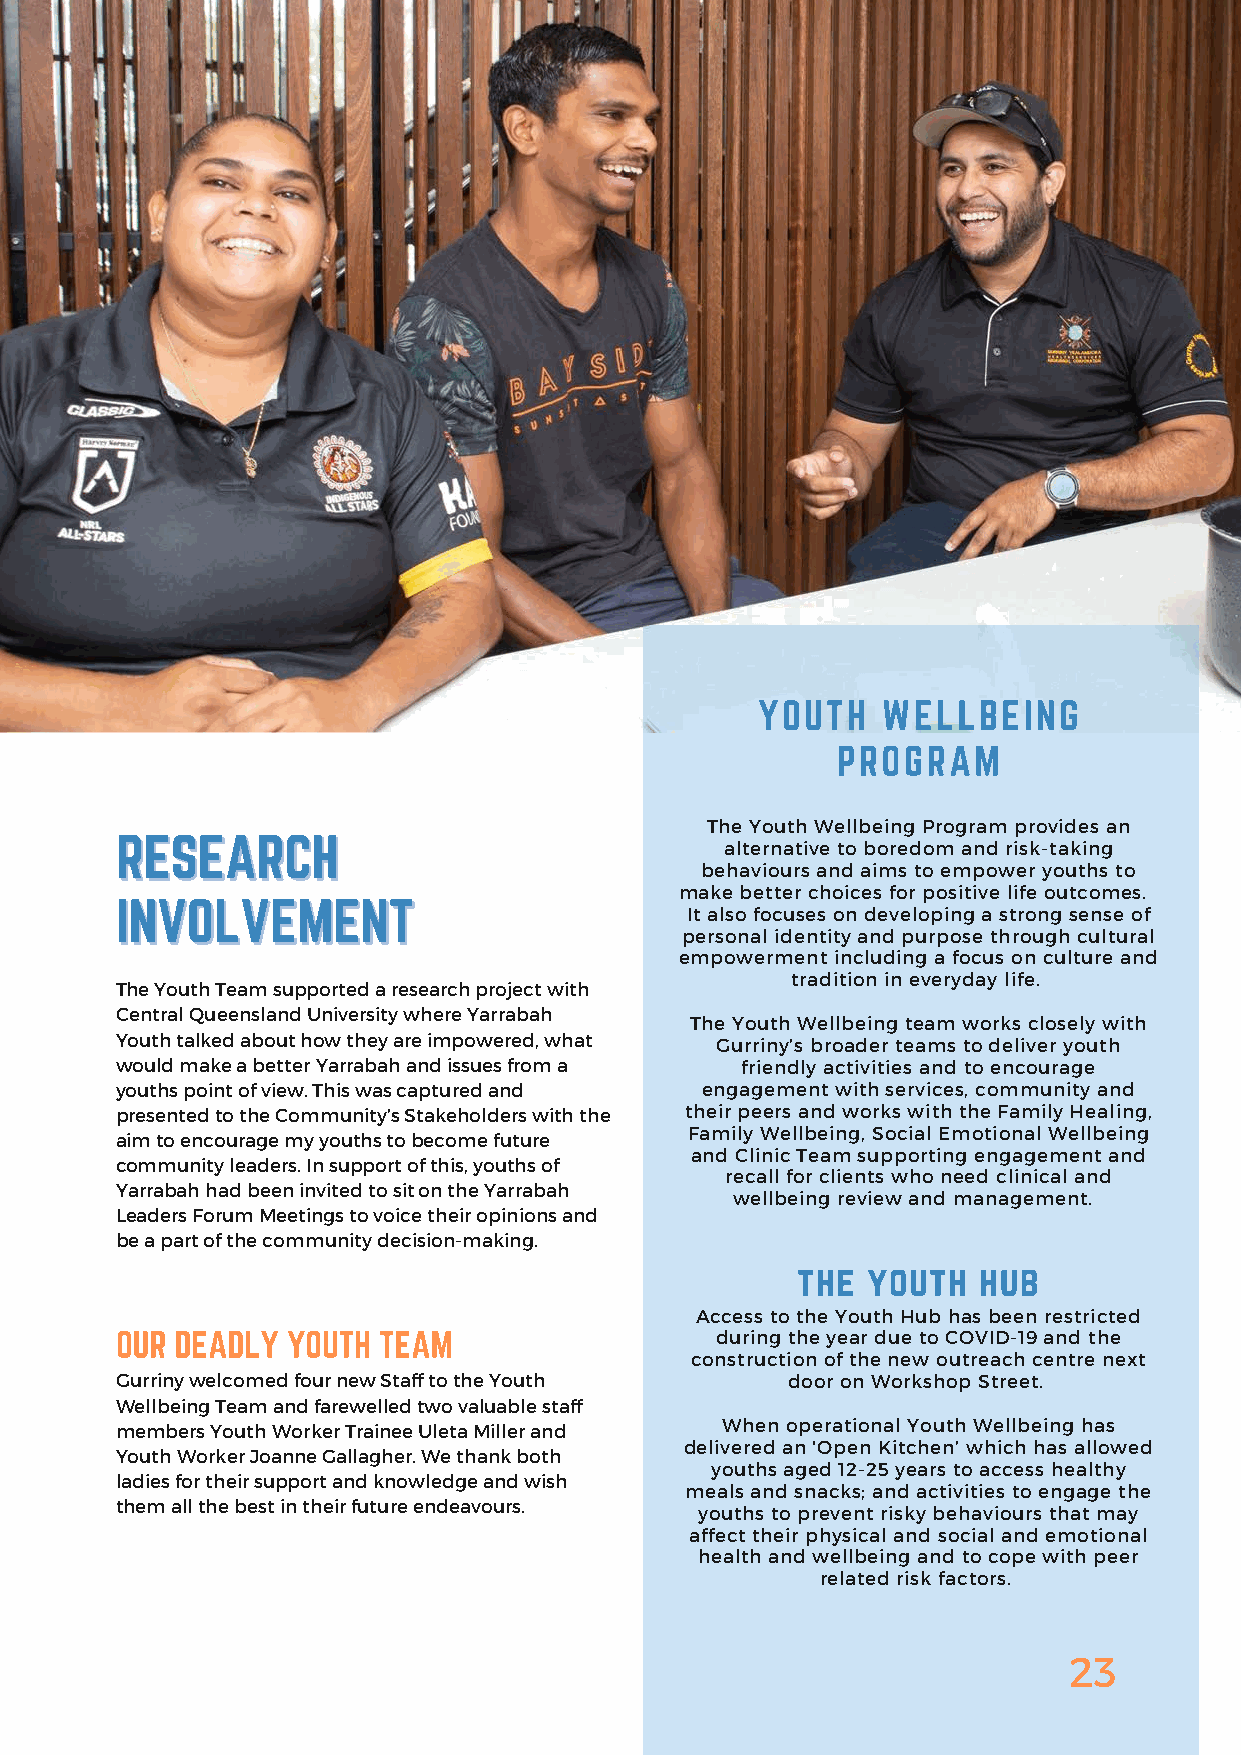
The Youth Wellbeing Program provides an
 alternative to boredom and risk-taking
 behaviours and aims to empower youths to
 make better choices for positive life outcomes.
 It also focuses on developing a strong sense of
 personal identity and purpose through cultural
 empowerment including a focus on culture and
 tradition in everyday life.
 The Youth Team supported a research project with
 Central Queensland University where Yarrabah
 The Youth Wellbeing team works closely with
 Youth talked about how they are impowered, what Gurriny’s broader teams to deliver youth
 would make a better Yarrabah and issues from a friendly activities and to encourage
 youths point of view. This was captured and engagement with services, community and
 presented to the Community’s Stakeholders with the their peers and works with the Family Healing,
 Family Wellbeing, Social Emotional Wellbeing
 aim to encourage my youths to become future
 and Clinic Team supporting engagement and
 community leaders. In support of this, youths of
 recall for clients who need clinical and
 Yarrabah had been invited to sit on the Yarrabah
 wellbeing review and management.
 Leaders Forum Meetings to voice their opinions and
 be a part of the community decision-making.
 Access to the Youth Hub has been restricted
 during the year due to COVID-19 and the
 construction of the new outreach centre next
 Gurriny welcomed four new Staff to the Youth door on Workshop Street.
 Wellbeing Team and farewelled two valuable staff
 members Youth Worker Trainee Uleta Miller and When operational Youth Wellbeing has
 delivered an 'Open Kitchen’ which has allowed
 Youth Worker Joanne Gallagher. We thank both
 youths aged 12-25 years to access healthy
 ladies for their support and knowledge and wish
 meals and snacks; and activities to engage the
 them all the best in their future endeavours.
 youths to prevent risky behaviours that may
 affect their physical and social and emotional
 health and wellbeing and to cope with peer
 related risk factors.
 23